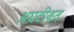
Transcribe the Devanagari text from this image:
अघटीवत